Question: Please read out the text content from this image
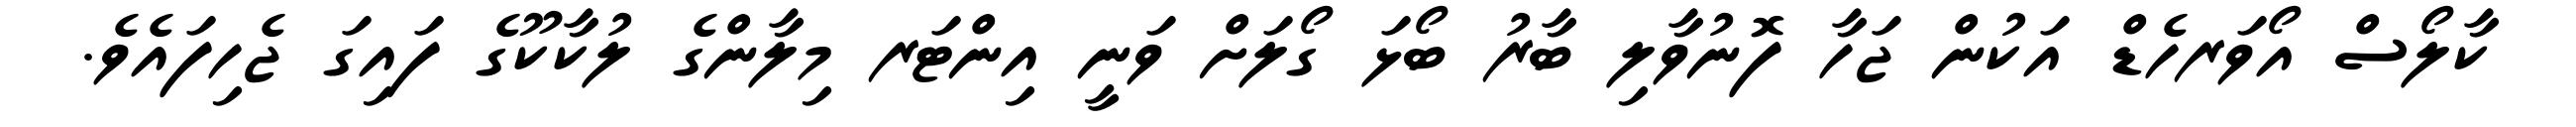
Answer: ކާލޯސް އޯވަރހެޑް އަކުން ޖަހާ ފޮނުވާލި ބާރު ބޯޅަ ގޯލަށް ވަނީ އިންޓަރ މިލާންގެ ލުކާކޫގެ ފައިގަ ޖެހިފައެވެ.